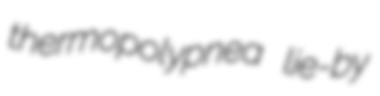
thermopolypnea lie-by